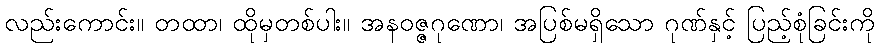
လည်းကောင်း။ တထာ၊ ထိုမှတစ်ပါး။ အနဝဇ္ဇဂုဏော၊ အပြစ်မရှိသော ဂုဏ်နှင့် ပြည့်စုံခြင်းကို